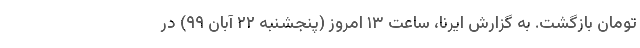
تومان بازگشت. به گزارش ایرنا، ساعت ۱۳ امروز (پنجشنبه ۲۲ آبان ۹۹) در